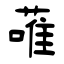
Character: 蓶